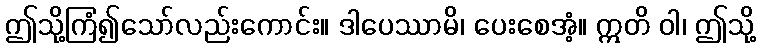
ဤသို့ကြံ၍သော်လည်းကောင်း။ ဒါပေဿာမိ၊ ပေးစေအံ့။ ဣတိ ဝါ၊ ဤသို့